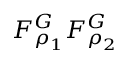
F _ { \rho _ { 1 } } ^ { G } F _ { \rho _ { 2 } } ^ { G }